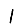
Digit: 1